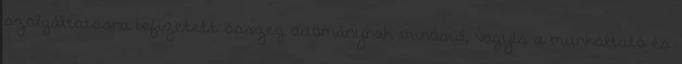
szolgáltatásra befizetett összeg adománynak minősül, vagyis a munkáltató és